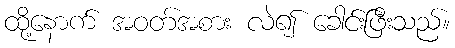
ထို့နောက် အဝတ်အစား လဲ၍ ခေါင်းဖြီးသည်။